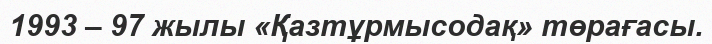
1993 – 97 жылы «Қазтұрмысодақ» төрағасы.